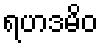
ရဟဒမိဝ